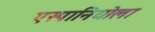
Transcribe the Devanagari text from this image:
एस्पानियोला